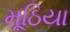
મૂઠિયા